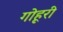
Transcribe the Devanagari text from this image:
गोहूरी